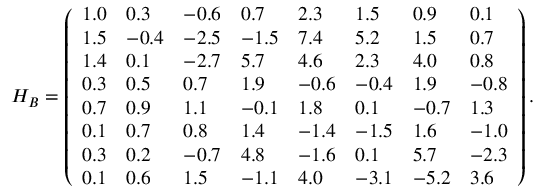
H _ { B } = \left( \begin{array} { l l l l l l l l } { 1 . 0 } & { 0 . 3 } & { - 0 . 6 } & { 0 . 7 } & { 2 . 3 } & { 1 . 5 } & { 0 . 9 } & { 0 . 1 } \\ { 1 . 5 } & { - 0 . 4 } & { - 2 . 5 } & { - 1 . 5 } & { 7 . 4 } & { 5 . 2 } & { 1 . 5 } & { 0 . 7 } \\ { 1 . 4 } & { 0 . 1 } & { - 2 . 7 } & { 5 . 7 } & { 4 . 6 } & { 2 . 3 } & { 4 . 0 } & { 0 . 8 } \\ { 0 . 3 } & { 0 . 5 } & { 0 . 7 } & { 1 . 9 } & { - 0 . 6 } & { - 0 . 4 } & { 1 . 9 } & { - 0 . 8 } \\ { 0 . 7 } & { 0 . 9 } & { 1 . 1 } & { - 0 . 1 } & { 1 . 8 } & { 0 . 1 } & { - 0 . 7 } & { 1 . 3 } \\ { 0 . 1 } & { 0 . 7 } & { 0 . 8 } & { 1 . 4 } & { - 1 . 4 } & { - 1 . 5 } & { 1 . 6 } & { - 1 . 0 } \\ { 0 . 3 } & { 0 . 2 } & { - 0 . 7 } & { 4 . 8 } & { - 1 . 6 } & { 0 . 1 } & { 5 . 7 } & { - 2 . 3 } \\ { 0 . 1 } & { 0 . 6 } & { 1 . 5 } & { - 1 . 1 } & { 4 . 0 } & { - 3 . 1 } & { - 5 . 2 } & { 3 . 6 } \end{array} \right) .